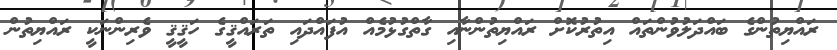
ރައްޔިތުންގެ ބައްދަލުވުންތައް އިތުރުކޮށް ރައްޔިތުންނާއި ގާތްގުޅުމެއް އުފައްދައި ތަރައްޤީގެ ހަޤީޤީ ވެރިންނަކީ ރައްޔިތުން